Scottish Leaving Certificate Examination, 1953
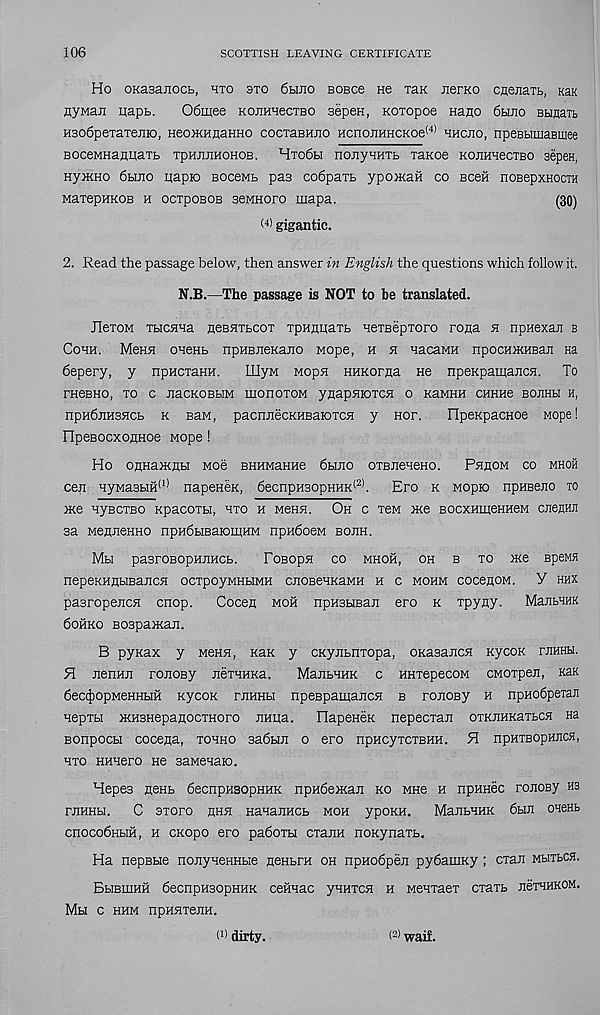
106
SCOTTISH LEAVING CERTIFICATE
Ho OKasaiiocL, hto sto 6hjio bobco ho tslk Eerno cneEaiL, KaK
Hywaji uapb.
06mee KOJiHBecTBO sepeH, Koxopoe Hano 6heo BUHaxb
H3o6pexaxejiio, HeoiKHnaHHO cocxasHiio HcnojiHHCKoe (4) bhcjio, npeBbimaBmee
BoceMHaHHaxb tphjijihohob. Hxo6bi noiiyHHXb xaKoe KOJiHHecxBO sepen,
HyjKHo 6hjio uapio BOceMb pas co6paxb ypoiKaii co bcoh noBepxnocTH
MaxepHKOB h ocxpoBOB seMHoro mapa.
(30)
< 4i gigantic.
2. Read the passage below, then answer in English the questions which follow it.
N.B.—The passage is NOT to be translated.
JlexoM xbicHHa hcbhxbcox xpHnuaTb uexBepxoro rona h npnexaji b
Cohh. MeHH oueHb npHBJieKano wope, h h uacaMH npocHiKHBaji na
depery, y npHcxaHH.
IIIyM Mopn HHKorjia He npeKpamaiicsi. To
FHeBHO, XO C JiaCKOBbIM IHOHOXOM yflapHKOXCH 0 KaMHH CHHH6 BOEHM H,
npudnusHCb k Baw, pacnEecKHBaioxcH y nor.
OpeKpacHoe Mope!
npeBoexoflHoe Mope!
Ho onHaiKnbi woe BHHMaHHe 6heo OTBEeueHo.
Phhom co mhoh
cen HyMa3HH (1) napeneK, 6ecnpHsopHHK (2) . Ero k Mopio npHBeEO to
me uyBcxBo Kpacoxa, hxo h Mena. Oh c xen me BocxHmeHHeM cesehe
sa MeflEeHHO npHdbisaiomHM npHdoeM boeh.
Mbi pasroBopHEHCb.
FoBopn co mhoh, oh b to me BpeMfl
nepeKHflbiBaECH ocxpoyMHbiMH cnoBeuKaMH h c mohm cocenoM. Y hhx
pasropencH cnop.
Cocen moh npHSHBaE ero k Tpyay. MaEbHHK
6ohko BOspamaE.
B pynax y mbhe, Kan y CKyEbnxopa, OKasaEcn KycoK rEHHH.
H echhe roEosy EexHHKa.
MaEbHHK c HHxepecoM CMOxpeE, Kax
deaJiopMeHHbiH KycoK feheh npeBpamaEcn b roEOBy h npHodpexan
Hepxbi mH3HepaflocxHoro EHita. HapeHeK nepecxaE oxKEHKaxbCH na
Bonpocbi cocejia, tohho sadbiE o ero npHcyxcxBHH. H npHTBopHECH,
hto HHHero He saMenaio.
Hepes nenb decnpHSopHHK npHdemaE ko mhb h npHHec roEOBy H3
rEHHbi.
C axoro ehe HanaEncb moh ypoKH. MaEbHHK 6he onenb
cnocodHbiH, h CKopo ero padoxu cxanH noKynaxb.
Ha nepBbie noEyneHHbie jieHbrH oh npHodpeE pydamKy ; cxan mbitbch.
BbIBHIHH deenpHSOpHHK CCHHaC yHHTCH H MeHTaeT cxaxb E6THHK0M.
Mbl C HHM npHHxeEH.
h) dirty.
(2) waif.